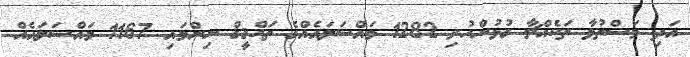
އަދި މަސްތުވާ ތަކެއްޗާ ގުޅުންހުރި 1282 މައްސަލައެއްގެ ތަޙްޤީޤް ނިންމައި 1167 މައްސަލައެއް